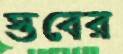
স্তবের